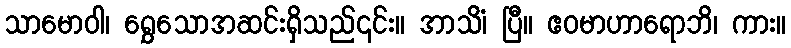
သာမောဝါ၊ ရွှေသောအဆင်းရှိသည်၎င်း။ အာသိံ၊ ပြီ။ ဧဝမာဟာရောဘိ၊ ကား။